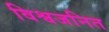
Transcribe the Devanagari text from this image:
विश्वजनित